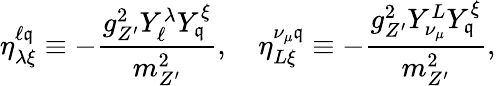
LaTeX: \eta_{\lambda\xi}^{\ell\mathfrak{q}}\equiv-\frac{{g_{Z^{\prime}}^{2}Y_{\ell}^{\lambda}Y_{\mathfrak{q}}^{\xi}}}{{m_{Z^{\prime}}^{2}}},\quad\eta_{L\xi}^{\nu_{\mu}\mathfrak{q}}\equiv-\frac{{g_{Z^{\prime}}^{2}Y_{\nu_{\mu}}^{L}Y_{\mathfrak{q}}^{\xi}}}{{m_{Z^{\prime}}^{2}}},